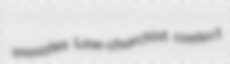
snoozles Low-churchist coelect